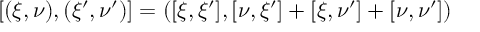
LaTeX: [ ( \xi , \nu ) , ( \xi ^ { \prime } , \nu ^ { \prime } ) ] = ( [ \xi , \xi ^ { \prime } ] , [ \nu , \xi ^ { \prime } ] + [ \xi , \nu ^ { \prime } ] + [ \nu , \nu ^ { \prime } ] )